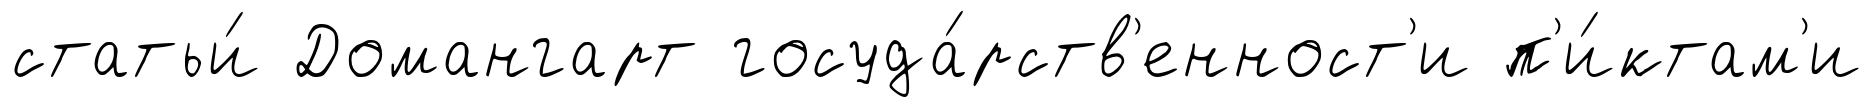
статьи́ Домангарт госуда́рств'енност'и п'и́ктам'и